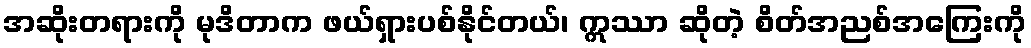
အဆိုးတရားကို မုဒိတာက ဖယ်ရှားပစ်နိုင်တယ်၊ ဣဿာ ဆိုတဲ့ စိတ်အညစ်အကြေးကို